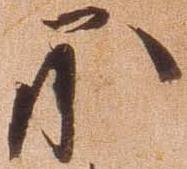
承